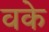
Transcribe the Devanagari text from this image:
वके